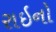
રાઇનો